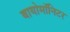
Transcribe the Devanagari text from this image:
बायोमाॅनिटर